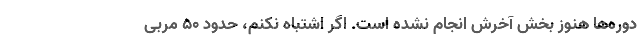
دوره‌ها هنوز بخش آخرش انجام نشده است. اگر اشتباه نکنم، حدود 50 مربی